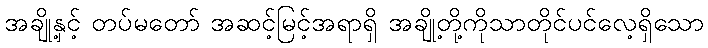
အချို့နှင့် တပ်မတော် အဆင့်မြင့်အရာရှိ အချို့တို့ကိုသာတိုင်ပင်လေ့ရှိသော